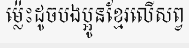
ម្ល៉េះដូចបងប្អូនខ្មែរលើសព្វ